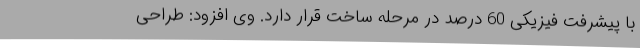
با پیشرفت فیزیکی 60 درصد در مرحله ساخت قرار دارد. وی افزود: طراحی